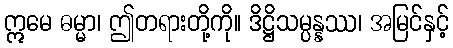
ဣမေ ဓမ္မာ၊ ဤတရားတို့ကို။ ဒိဋ္ဌိသမ္ပန္နဿ၊ အမြင်နှင့်